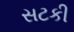
સટકી